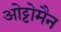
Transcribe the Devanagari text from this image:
ओट्टोमैन